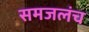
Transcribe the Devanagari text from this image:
समजलंच